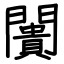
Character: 闠